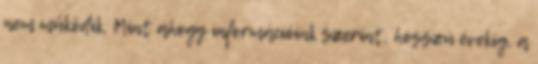
nem működik. Mint ahogy információink szerint, hosszú évekig, a